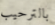
بالترحيب